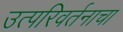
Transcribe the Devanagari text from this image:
उत्परिवर्तनाचा